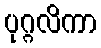
ပုဂ္ဂလိကာ